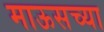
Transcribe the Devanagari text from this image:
माऊसच्या